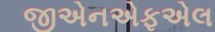
જીએનએફએલ